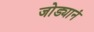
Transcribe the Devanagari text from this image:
जोड्यानं